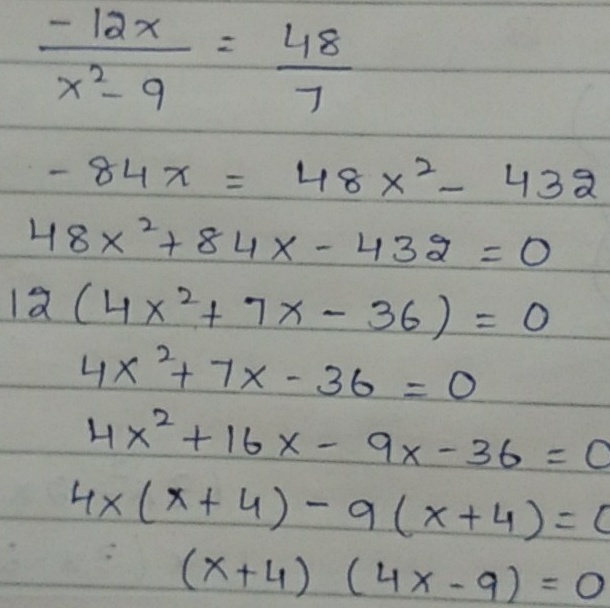
\[
\begin{align*}
\frac{-12x}{x^{2}-9}&=\frac{48}{7}\\
-84x&=48x^{2}-432\\
48x^{2}+84x - 432&=0\\
12(4x^{2}+7x - 36)&=0\\
4x^{2}+7x - 36&=0\\
4x^{2}+16x - 9x - 36&=0\\
4x(x + 4)-9(x + 4)&=0\\
(x + 4)(4x - 9)&=0
\end{align*}
\]